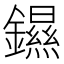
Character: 䥪